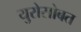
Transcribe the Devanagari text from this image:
युरोसोबत